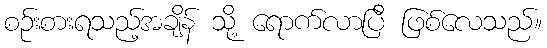
စဉ်းစားရသည့်အချိန် သို့ ရောက်လာပြီ ဖြစ်လေသည်။